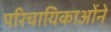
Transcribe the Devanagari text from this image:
परिचायिकाओंने